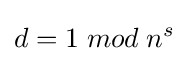
d=1\;mod\;n^{s}